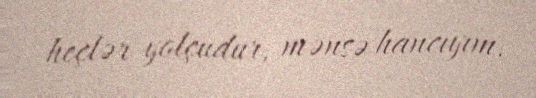
heçlər yolçudur, mənsə hancıyım.